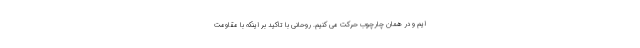
ایم و در همان چارچوب حرکت می کنیم. روحانی با تاکید بر اینکه با مقاومت